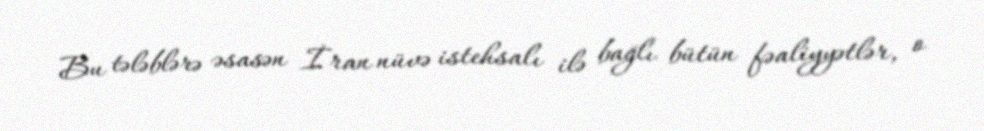
Bu tələblərə əsasən İran nüvə istehsalı ilə bağlı bütün fəaliyyətlər, o